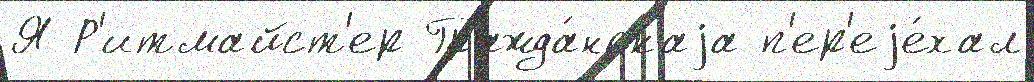
Я Р'итмайст'ер Гражда́нскаjа п'ер'еjе́хал